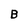
Character: B